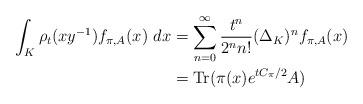
LaTeX: \begin{align*}\int_{K}\rho_{t}(xy^{-1})f_{\pi,A}(x)~dx & =\sum_{n=0}^{\infty}\frac{t^{n}}{2^{n}n!}(\Delta_{K})^{n}f_{\pi,A}(x)\\& =\mathrm{Tr}(\pi(x)e^{tC_{\pi}/2}A) \end{align*}